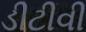
ડીટીવી